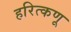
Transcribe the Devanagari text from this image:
हरित्कणू